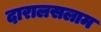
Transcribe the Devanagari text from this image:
दारालसलाम